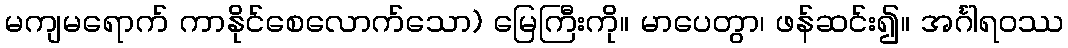
မကျမရောက် ကာနိုင်စေလောက်သော) မြေကြီးကို။ မာပေတွာ၊ ဖန်ဆင်း၍။ အင်္ဂါရဝဿ